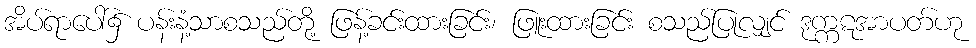
အိပ်ရာပေါ်၌ ပန်းနံ့သာစသည်တို့ ဖြန့်ခင်းထားခြင်း၊ ဖြူးထားခြင်း စသည်ပြုလျှင် ဒုက္ကဋအာပတ်ဟု